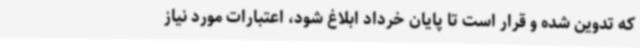
که تدوین شده و قرار است تا پایان خرداد ابلاغ شود، اعتبارات مورد نیاز